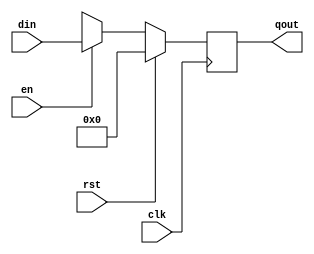
`timescale 1ns / 1ps
module Register(
	input        rst ,
	input        clk ,
	input        en ,
	input  [3:0] din ,
	output reg [3:0] qout
    );
	always@(negedge clk)
		if (rst) 
				qout<=4'b0000;
		else
		begin
			if	(en)
				qout<=din;
			else
				qout<=4'bxxxx;
		end
endmodule